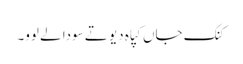
کنک جاں کپاہ دیو تے سودا لے لوو۔